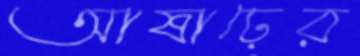
আষাঢ়ের